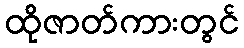
ထိုဇာတ်ကားတွင်